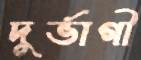
দুর্ভাগী